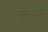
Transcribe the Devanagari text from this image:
तुलसीदेव